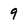
Character: 9